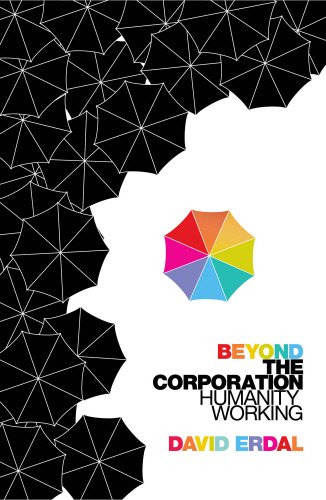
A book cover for Beyond the Corporation: Humanity Working; David Erdal; Business & Money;